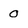
Character: 0